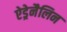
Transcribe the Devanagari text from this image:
ऐड्रेनैलिन